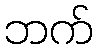
ဘက်